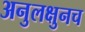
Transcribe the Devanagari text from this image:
अनुलक्षुनच